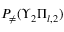
P _ { \neq } ( \Upsilon _ { 2 } \Pi _ { l , 2 } )